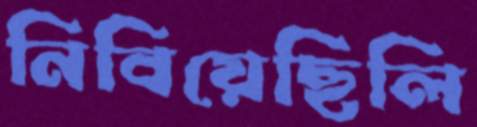
নিবিয়েছিলি